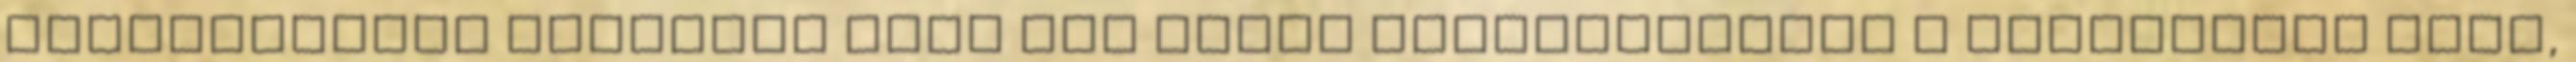
kiválasztott fuvarozó soha nem tudná kikézbesíteni a megrendelt árut,